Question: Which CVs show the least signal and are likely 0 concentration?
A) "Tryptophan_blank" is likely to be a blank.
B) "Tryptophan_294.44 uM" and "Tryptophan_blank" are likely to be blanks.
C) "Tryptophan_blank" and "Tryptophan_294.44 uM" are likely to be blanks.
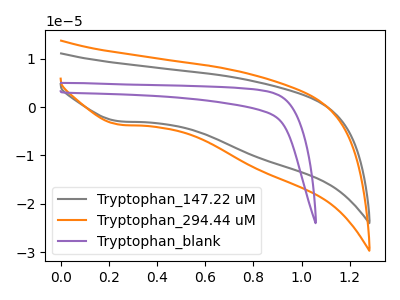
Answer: <think>The gray curve "Tryptophan_147.22 uM" has a cathodic peak at: (0.25V, -2.90uA). The orange curve "Tryptophan_294.44 uM" has a cathodic peak at: (0.25V, -3.60uA). The purple curve "Tryptophan_blank" has no peaks.</think>
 <answer>A) "Tryptophan_blank" is likely to be a blank.</answer>
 <eval>A</eval>